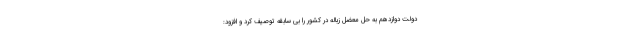
دولت دوازدهم به حل معضل زباله در کشور را بی سابقه توصیف کرد و افزود: